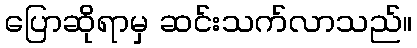
ပြောဆိုရာမှ ဆင်းသက်လာသည်။